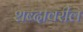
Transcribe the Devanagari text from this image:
शब्दावरील